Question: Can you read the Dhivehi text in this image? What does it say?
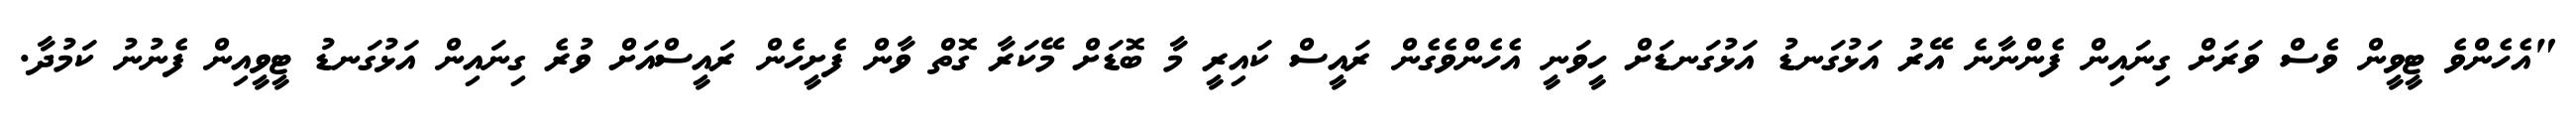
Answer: "އެހެންވެ ޓީވީން ވެސް ވަރަށް ގިނައިން ފެންނާނެ އޭރު އަޅުގަނޑު އަޅުގަނޑަށް ހީވަނީ އެހެންވެގެން ރައީސް ކައިރީ މާ ބޮޑަށް މޭކަރާ ގޮތް ވާން ފެށީހެން ރައީސްއަށް ވުރެ ގިނައިން އަޅުގަނޑު ޓީވީއިން ފެނުނު ކަމުދާ.